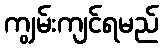
ကျွမ်းကျင်ရမည်